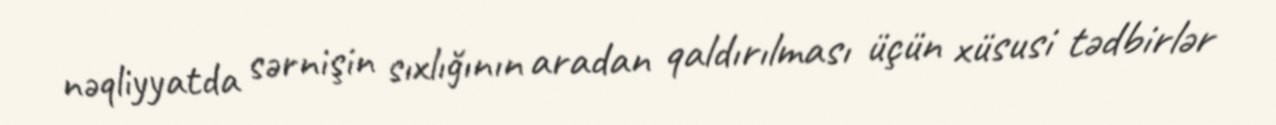
nəqliyyatda sərnişin sıxlığının aradan qaldırılması üçün xüsusi tədbirlər